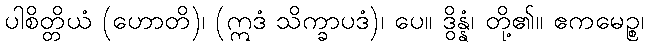
ပါစိတ္တိယံ (ဟောတိ)၊ (ဣဒံ သိက္ခာပဒံ)၊ ပေ။ ဒွိန္နံ၊ တို့၏။ ဧကမေဉ္စ၊